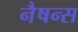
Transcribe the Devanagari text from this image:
नैषन्स